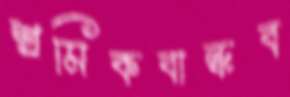
শ্রমিকবান্ধব